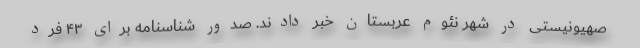
صهیونیستی در شهر نئوم عربستان خبر دادند. صدور شناسنامه برای ۴۳ فرد